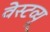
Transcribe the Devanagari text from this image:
वेस्टव्यू